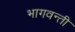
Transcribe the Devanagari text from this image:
भागवन्ती